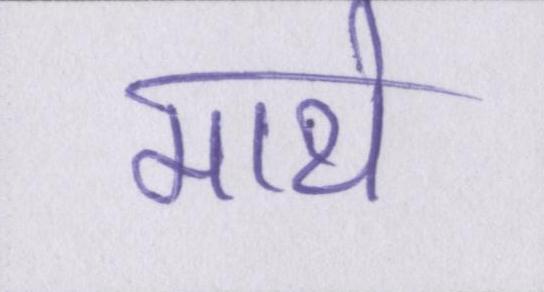
माथे